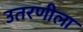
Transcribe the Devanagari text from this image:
उतरणीला